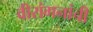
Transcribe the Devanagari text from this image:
वीरांगनांची